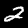
Digit: 2